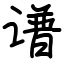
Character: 谱